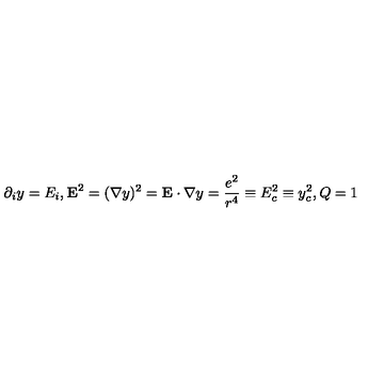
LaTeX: \partial _ { i } y = E _ { i } , { \bf E } ^ { 2 } = ( { \bf \nabla } y ) ^ { 2 } = { \bf E } \cdot { \bf \nabla } y = \frac { e ^ { 2 } } { r ^ { 4 } } \equiv E _ { c } ^ { 2 } \equiv y _ { c } ^ { 2 } , Q = 1